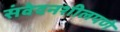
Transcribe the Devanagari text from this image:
संवेदनशीलपणे